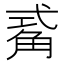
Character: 𮗫